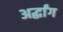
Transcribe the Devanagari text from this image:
अर्द्धांग